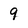
Character: 9